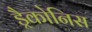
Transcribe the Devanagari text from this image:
ड्रैकोनिस